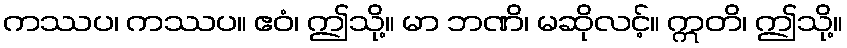
ကဿပ၊ ကဿပ။ ဧဝံ၊ ဤသို့။ မာ ဘဏိ၊ မဆိုလင့်။ ဣတိ၊ ဤသို့။